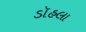
ડૉહલા